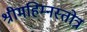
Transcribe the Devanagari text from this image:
श्रीमहिम्नस्तोत्र